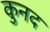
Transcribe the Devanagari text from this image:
कुनद